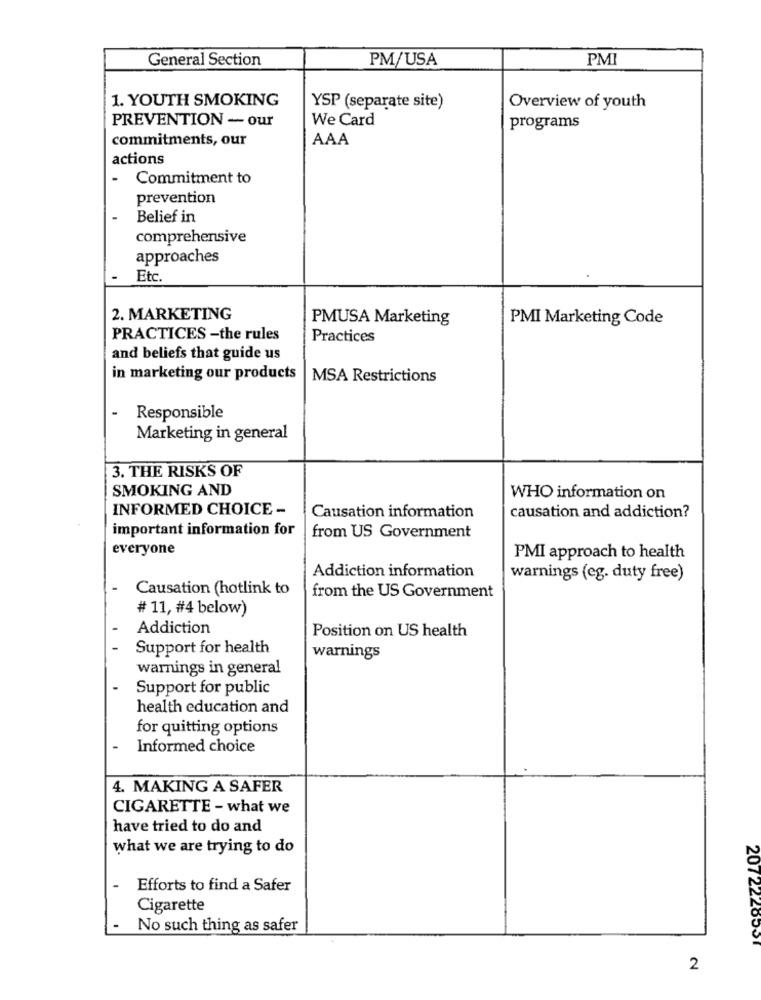
General Section
PM/USA
PMI
1. YOUTH SMOKING
YSP (separate site)
Overview of youth
PREVENTION - our
We Card
programs
commitments, our
AAA
actions
-
Commitment to
prevention
Belief in
comprehensive
approaches
Etc.
2. MARKETING
PMUSA Marketing
PMI Marketing Code
PRACTICES -the rules
Practices
and beliefs that guide us
in marketing our products
MSA Restrictions
Responsible
Marketing in general
3. THE RISKS OF
SMOKING AND
WHO information on
INFORMED CHOICE -
Causation information
causation and addiction?
important information for
from US Government
everyone
PMI approach to health
Addiction information
warnings (eg. duty free)
Causation (hotlink to
from the US Government
# 11, #4 below)
Addiction
Position on US health
Support for health
warnings
warnings in general
Support for public
health education and
for quitting options
-
Informed choice
4. MAKING A SAFER
CIGARETTE - what we
have tried to do and
what we are trying to do
Efforts to find a Safer
Cigarette
No such thing as safer
2072220551
2